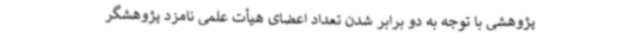
پژوهشی با توجه به دو برابر شدن تعداد اعضای هیأت علمی نامزد پژوهشگر